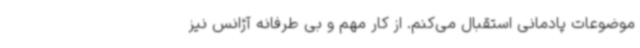
موضوعات پادمانی استقبال می‌کنم. از کار مهم و بی طرفانه آژانس نیز